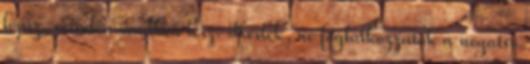
lépsz, minden rendben lesz. Kérlek, ne foglalkozzatok a negatív